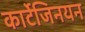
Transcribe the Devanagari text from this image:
कार्टेजिनयन